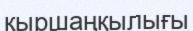
қыршаңқылығы